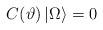
LaTeX: \begin{align*}C(\vartheta )\left| \Omega \right\rangle =0\end{align*}